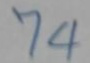
74